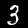
Label: 3